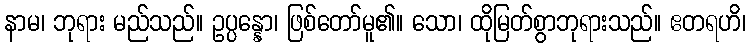
နာမ၊ ဘုရား မည်သည်။ ဥပ္ပန္နော၊ ဖြစ်တော်မူ၏။ သော၊ ထိုမြတ်စွာဘုရားသည်။ ဧတရဟိ၊